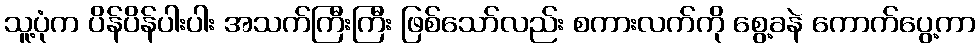
သူ့ပုံက ပိန်ပိန်ပါးပါး အသက်ကြီးကြီး ဖြစ်သော်လည်း စကားလက်ကို စွေ့ခနဲ ကောက်ပွေ့ကာ